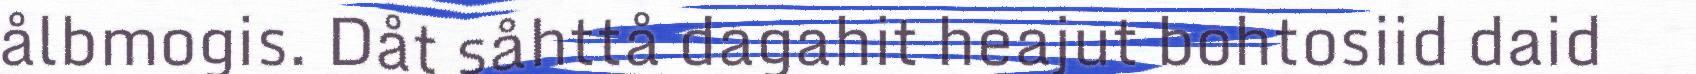
ålbmogis. Dåt såhttå dagahit heajut bohtosiid daid